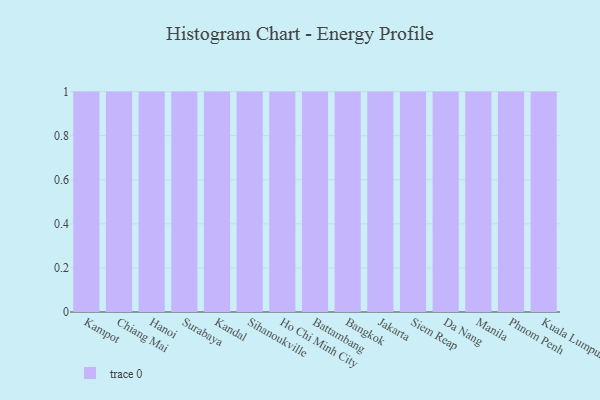
{"axis": {"x": "City", "y": "Gross Profit (USD K)"}, "legend": [""], "data": [{"x": "Kampot", "y": 66, "type": ""}, {"x": "Chiang Mai", "y": 21, "type": ""}, {"x": "Hanoi", "y": 47, "type": ""}, {"x": "Surabaya", "y": 43, "type": ""}, {"x": "Kandal", "y": 67, "type": ""}, {"x": "Sihanoukville", "y": 10, "type": ""}, {"x": "Ho Chi Minh City", "y": 65, "type": ""}, {"x": "Battambang", "y": 82, "type": ""}, {"x": "Bangkok", "y": 10, "type": ""}, {"x": "Jakarta", "y": 42, "type": ""}, {"x": "Siem Reap", "y": 71, "type": ""}, {"x": "Da Nang", "y": 74, "type": ""}, {"x": "Manila", "y": 55, "type": ""}, {"x": "Phnom Penh", "y": 78, "type": ""}, {"x": "Kuala Lumpur", "y": 60, "type": ""}]}